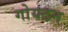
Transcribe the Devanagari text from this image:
गोयटन